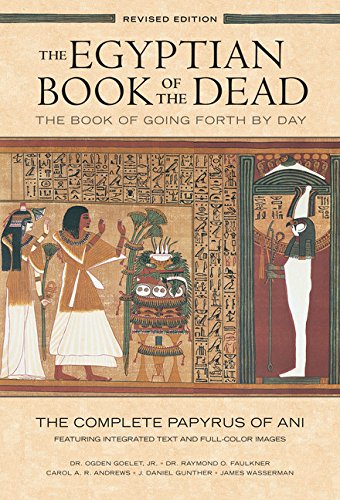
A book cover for The Egyptian Book of the Dead: The Book of Going Forth by Day: The Complete Papyrus of Ani Featuring Integrated Text and Full-Color Images; Arts & Photography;